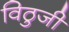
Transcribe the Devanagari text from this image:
विठुजी